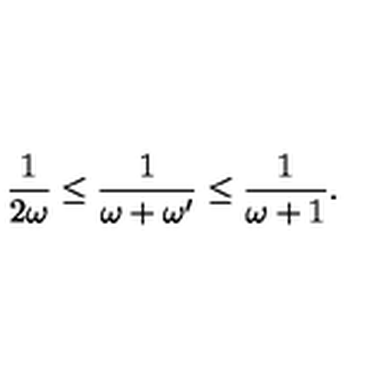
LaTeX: \frac { 1 } { 2 \omega } \leq \frac { 1 } { \omega + \omega ^ { \prime } } \leq \frac { 1 } { \omega + 1 } .